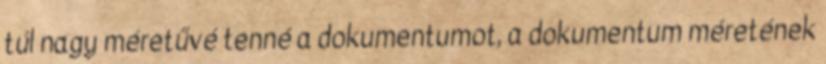
túl nagy méretűvé tenné a dokumentumot, a dokumentum méretének